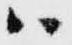
ハ